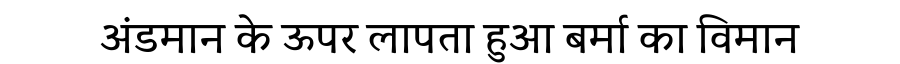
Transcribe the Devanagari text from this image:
अंडमान के ऊपर लापता हुआ बर्मा का विमान